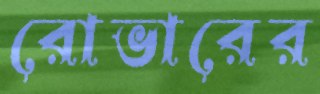
রোভারের